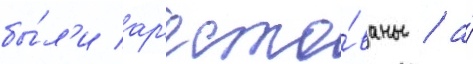
бы́л'и ар'есто́ваны / а́